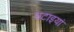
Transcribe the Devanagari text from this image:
चटाइयां